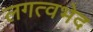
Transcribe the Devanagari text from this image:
लगत्वभेद